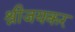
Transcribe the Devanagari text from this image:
श्रीजयकर